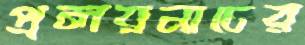
প্রলয়নাচের